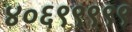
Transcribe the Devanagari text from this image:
४०६९९९९९